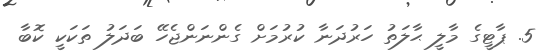
5. ޕާޓީގެ މާލީ ޙާލަތު ހަރުދަނާ ކުރުމަށް ގެންނަންޖެހޭ ބަދަލު ތަކަކީ ކޮބާ